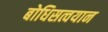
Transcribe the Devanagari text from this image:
बोधिसत्वयान